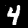
Digit: 4